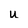
Character: u